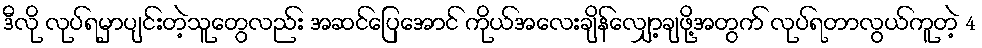
ဒီလို လုပ်ရမှာပျင်းတဲ့သူတွေလည်း အဆင်ပြေအောင် ကိုယ်အလေးချိန်လျှော့ချဖို့အတွက် လုပ်ရတာလွယ်ကူတဲ့ 4